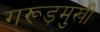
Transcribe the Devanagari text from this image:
गरूड़मुखी